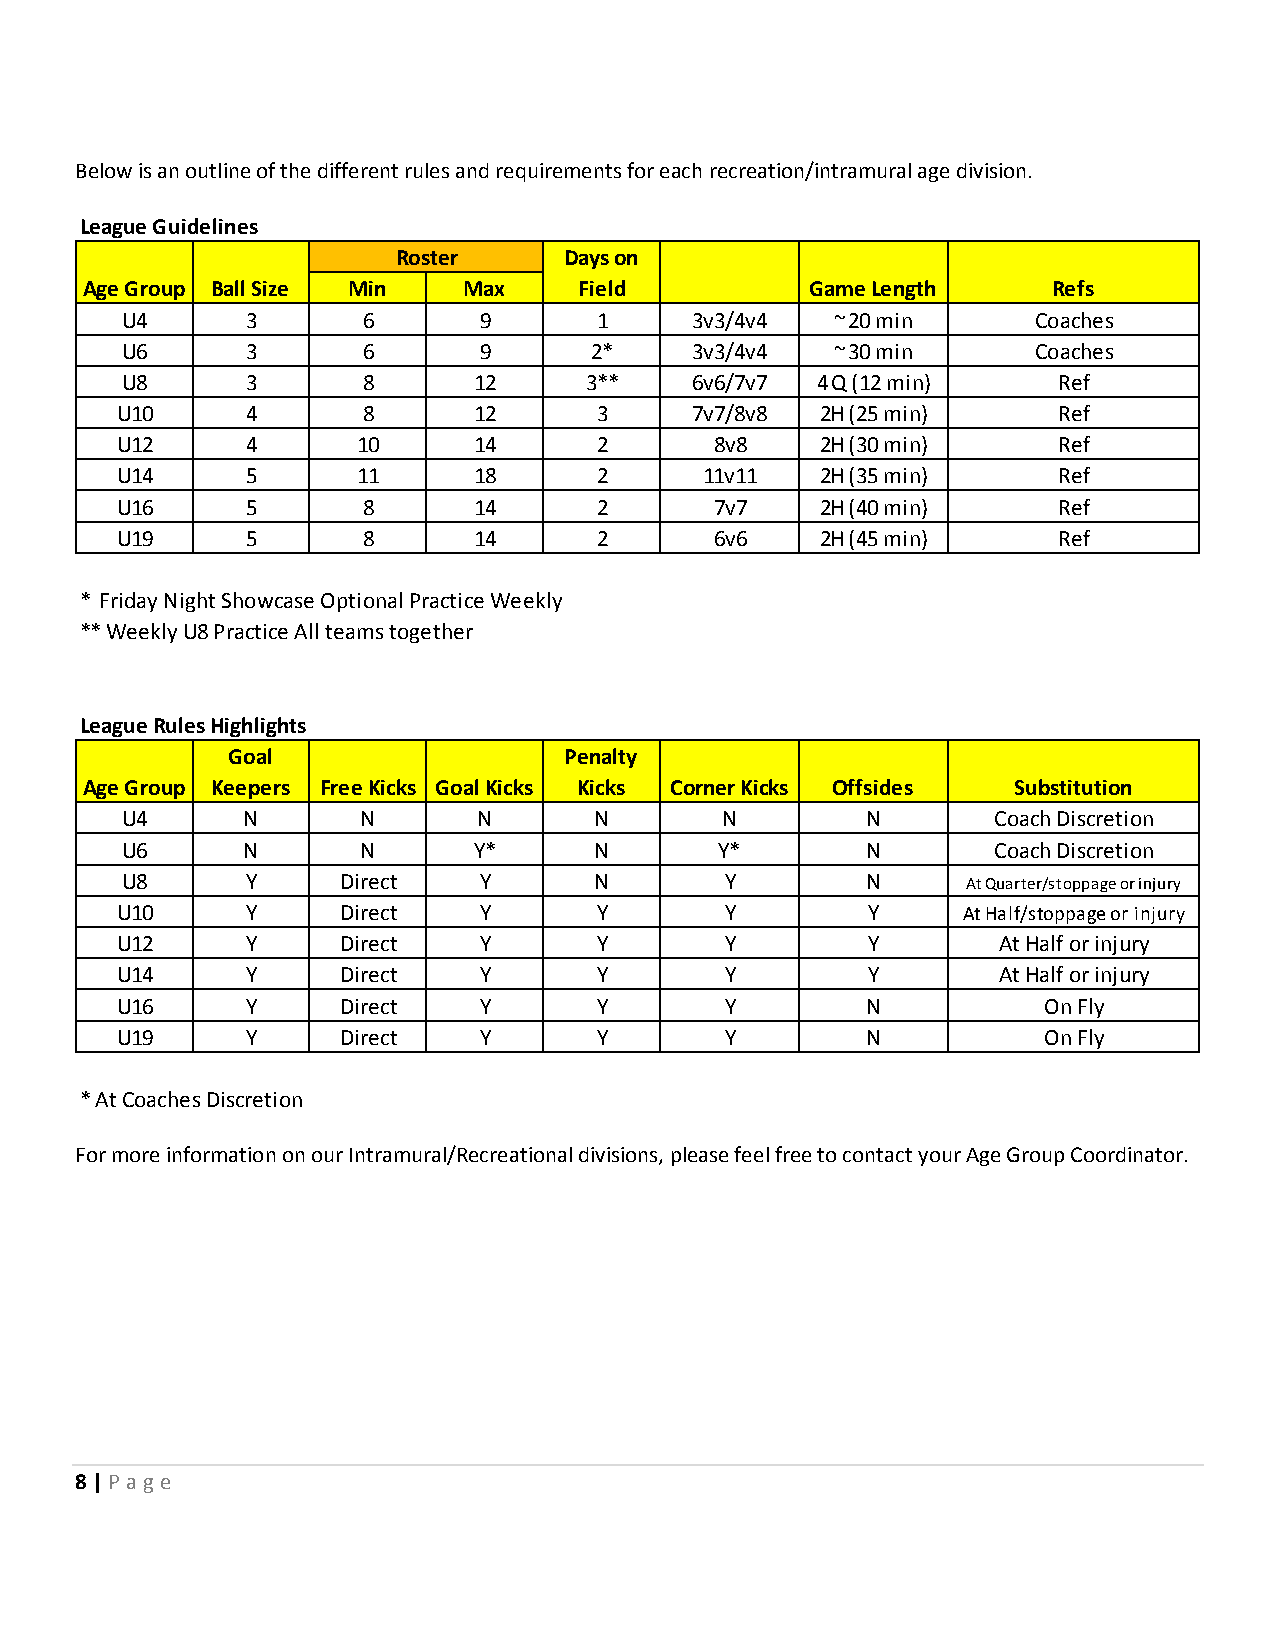
Below is an outline of the different rules and requirements for each recreation/intramural age division.
 League Guidelines
 Roster     Days on
 Age Group Ball Size Min   Max    Field           Game Length     Refs
 U4      3       6       9       1     3v3/4v4  ~ 20 min      Coaches
 U6      3       6       9      2*     3v3/4v4  ~ 30 min      Coaches
 U8      3       8      12      3**    6v6/7v7 4 Q (12 min)    Ref
 U10     4       8      12       3     7v7/8v8 2H (25 min)     Ref
 U12     4       10     14       2      8v8    2H (30 min)     Ref
 U14     5       11     18       2      11v11  2H (35 min)     Ref
 U16     5       8      14       2      7v7    2H (40 min)     Ref
 U19     5       8      14       2      6v6    2H (45 min)     Ref
 * Friday Night Showcase Optional Practice Weekly
 ** Weekly U8 Practice All teams together
 League Rules Highlights
 Goal                  Penalty
 Age Group Keepers Free Kicks Goal Kicks Kicks Corner Kicks Offsides Substitution
 U4      N       N       N      N        N        N        Coach Discretion
 U6      N       N      Y*      N        Y*       N        Coach Discretion
 U8      Y      Direct   Y      N        Y        N      At Quarter/stoppage or injury
 U10     Y      Direct   Y       Y       Y        Y      At Half/stoppage or injury
 U12     Y      Direct   Y       Y       Y        Y        At Half or injury
 U14     Y      Direct   Y       Y       Y        Y        At Half or injury
 U16     Y      Direct   Y       Y       Y        N           On Fly
 U19     Y      Direct   Y       Y       Y        N           On Fly
 * At Coaches Discretion
 For more information on our Intramural/Recreational divisions, please feel free to contact your Age Group Coordinator.
 8 | P age